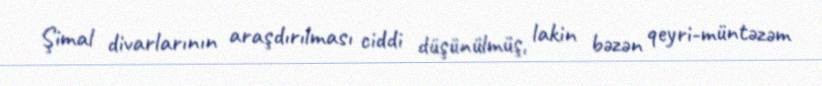
Şimal divarlarının araşdırılması ciddi düşünülmüş, lakin bəzən qeyri-müntəzəm